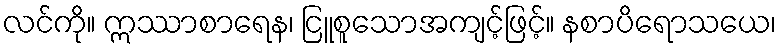
လင်ကို။ ဣဿာစာရေန၊ ငြူစူသောအကျင့်ဖြင့်။ နစာပိရောသယေ၊